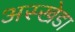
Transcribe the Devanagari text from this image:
अस्खेडा